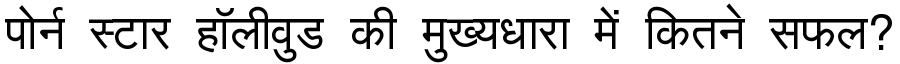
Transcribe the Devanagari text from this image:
पोर्न स्टार हॉलीवुड की मुख्यधारा में कितने सफल?